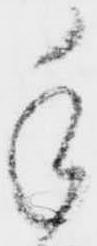
手